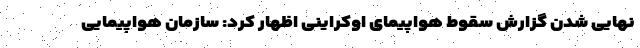
نهایی شدن گزارش سقوط هواپیمای اوکراینی اظهار کرد: سازمان هواپیمایی